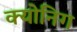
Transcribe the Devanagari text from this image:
क्योनिग